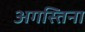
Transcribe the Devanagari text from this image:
अगस्तिना